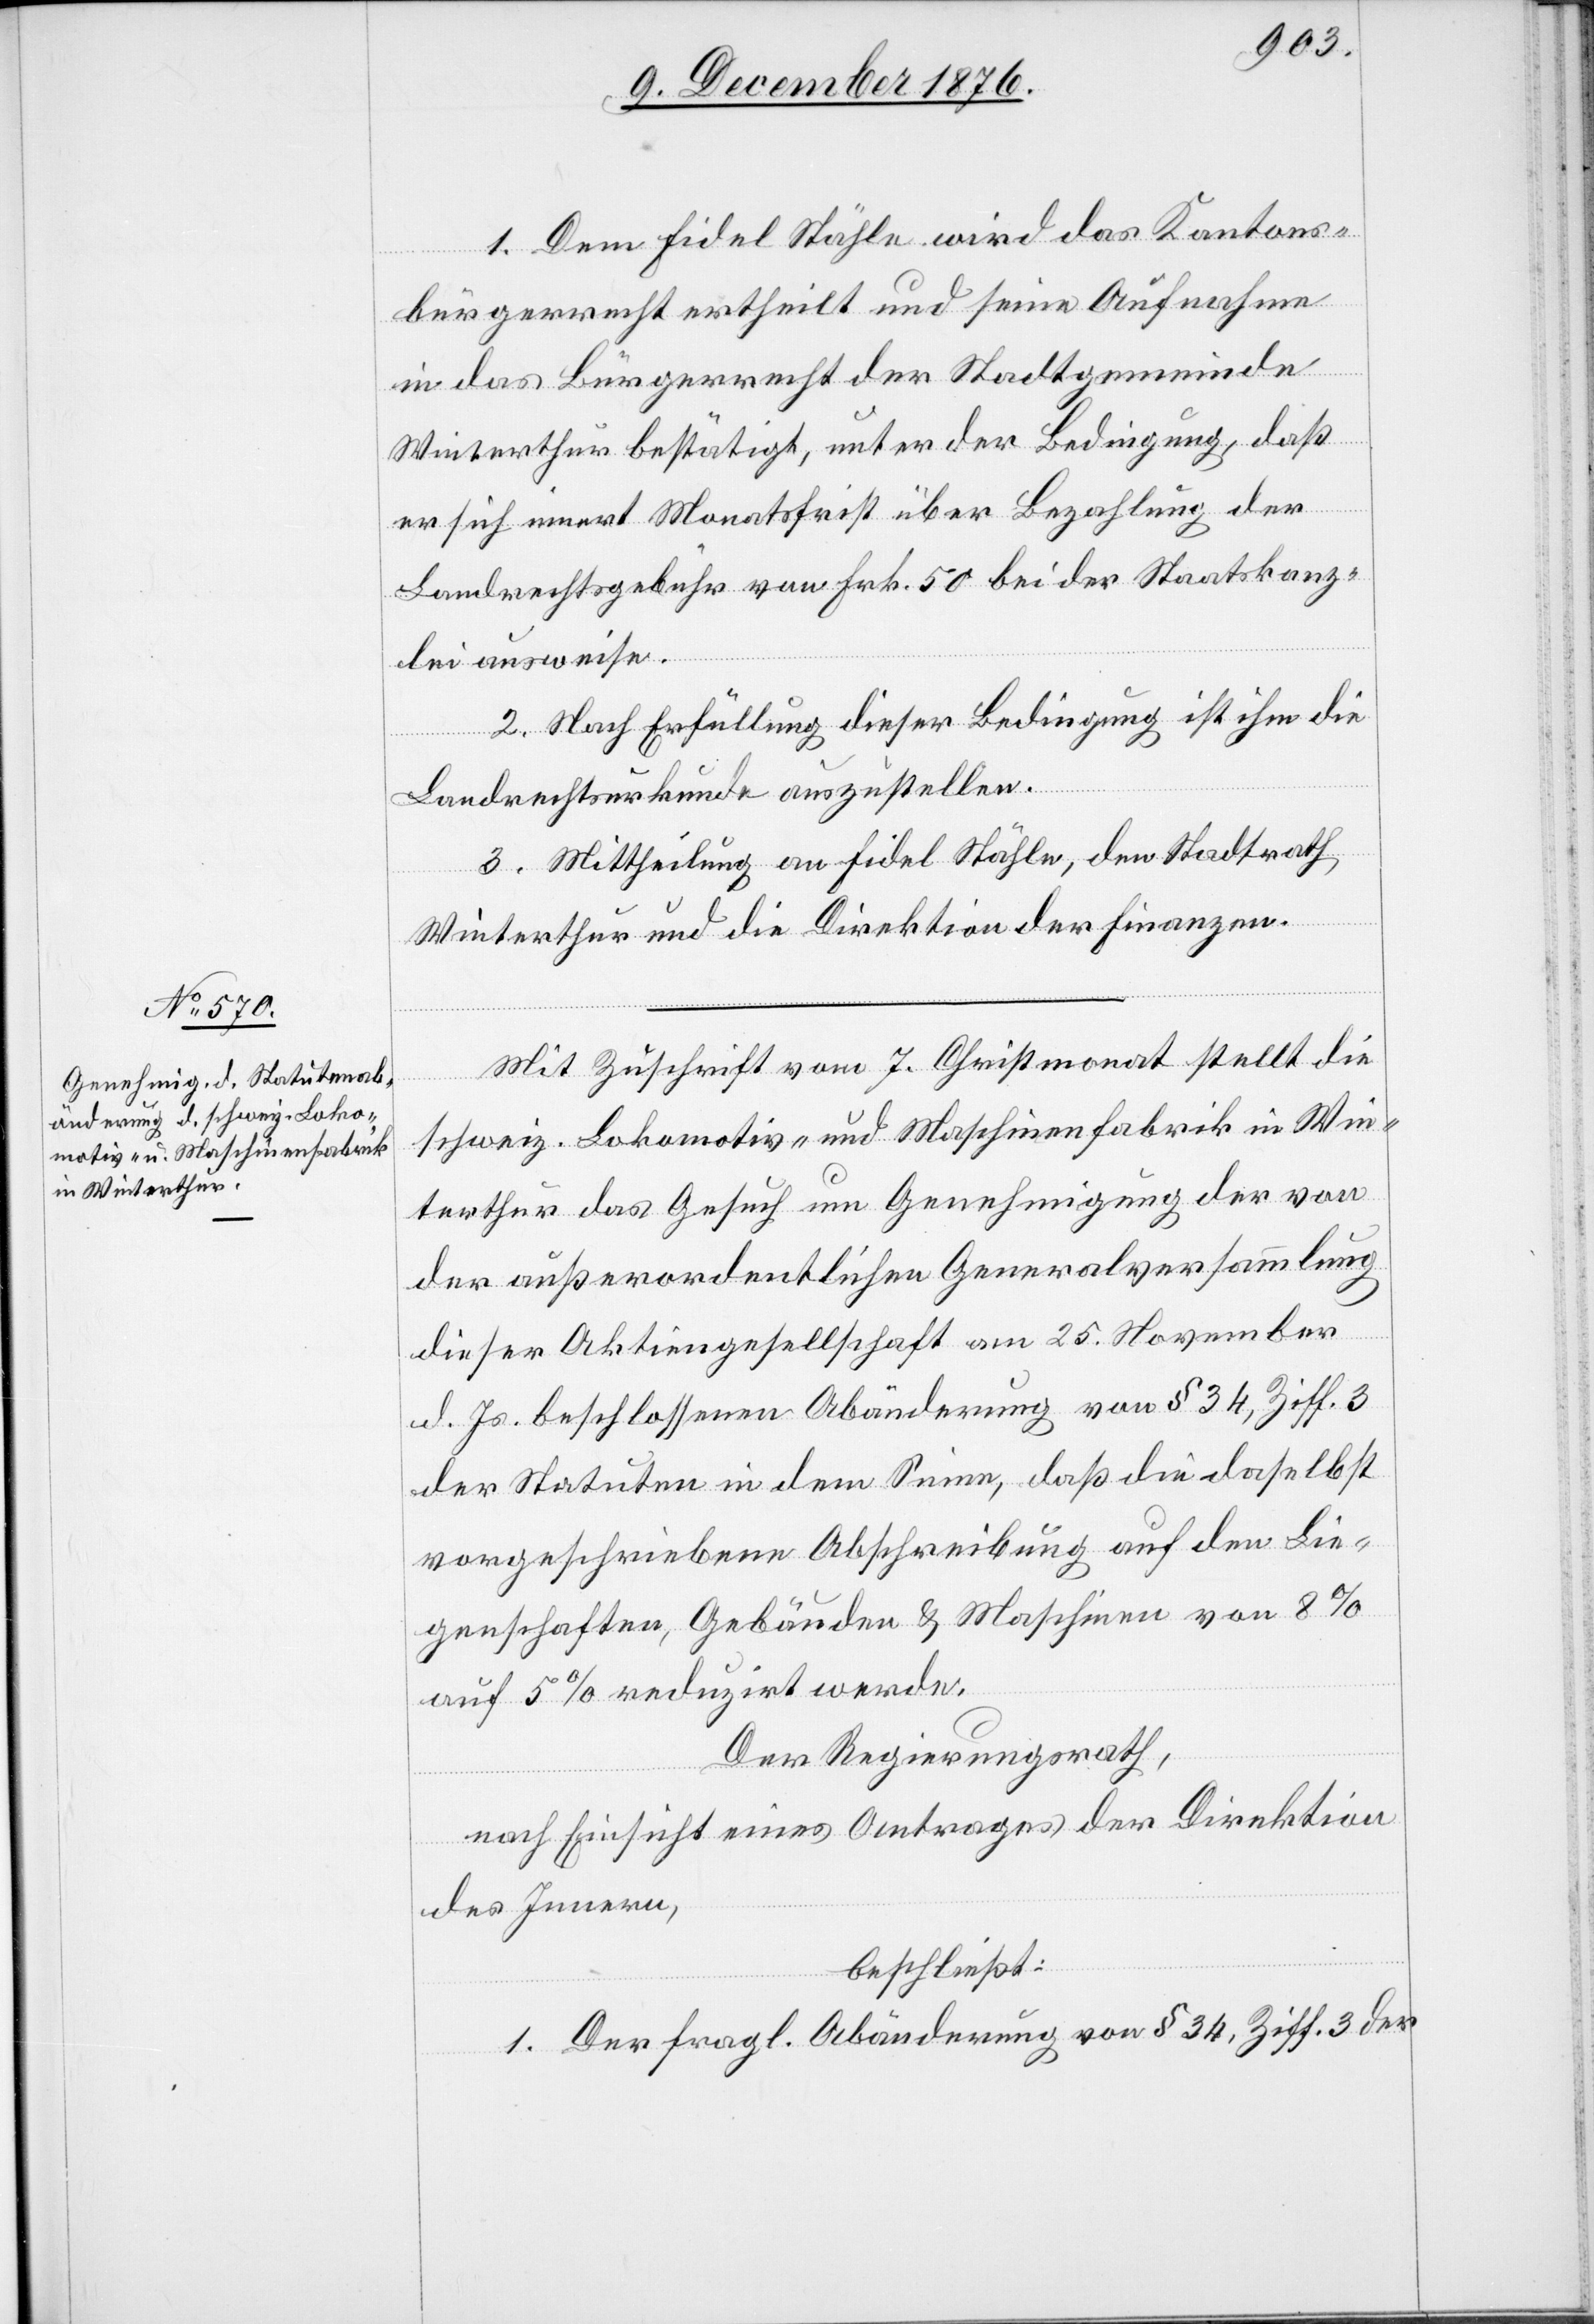
1. Dem Fidel Stähle wird das Kantons¬
bürgerrecht ertheilt und seine Aufnahme
in das Bürgerrecht der Stadtgemeinde
Winterthur bestätigt, unter der Bedingung, daß
er sich innert Monatsfrist über Bezahlung der
Landrechtgebühr von Frk. 50 bei der Staatskanz¬
lei ausweise.
2. Nach Erfüllung dieser Bedingung ist ihm die
Landrechtsurkunde auszustellen.
3. Mittheilung an Fidel Stähle, den Stadtrath
Winterthur und die Direktion der Finanzen.
Mit Zuschrift vom 7. Christmonat stellt die
schweiz. Lokomotiv- und Maschinenfabrik in Win¬
terthur das Gesuch um Genehmigung der von
der außerordentlichen Generalversammlung
dieser Aktiengesellschaft am 25. November
d. Js. beschlossenen Abänderung von § 34, Ziff. 3
der Statuten in dem Sinne, daß die daselbst
vorgeschriebene Abschreibung auf den Lie¬
genschaften, Gebäuden & Maschinen von 8%
auf 5% reduzirt werde.
Der Regierungsrath,
nach Einsicht eines Antrages der Direktion
des Innern,
beschließt:
1. Der fragl. Abänderung von § 34, Ziff. 3 der